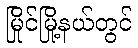
မြိုင်မြို့နယ်တွင်